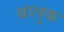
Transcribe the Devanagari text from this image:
बालुक